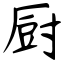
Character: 厨